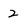
Character: 2